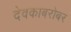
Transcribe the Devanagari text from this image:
देवकाबरोबर